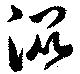
混